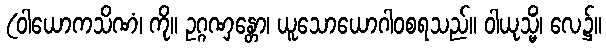
(ဝါယောကသိဏံ၊ ကို။ ဥဂ္ဂဏှန္တော၊ ယူသောယောဂါဝစရသည်။ ဝါယုသ္မိံ၊ လေ၌။